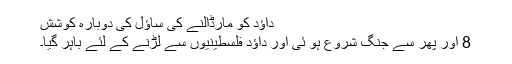
داؤد کو مارڈالنے کی ساؤل کی دوبارہ کوشش
8 اور پھر سے جنگ شروع ہو ئی اور داؤد فلسطینیوں سے لڑنے کے لئے باہر گیا۔